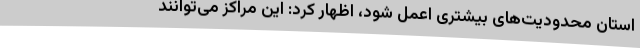
استان محدودیت‌های بیشتری اعمل شود، اظهار کرد: این مراکز می‌توانند